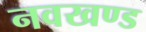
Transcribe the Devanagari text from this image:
नवखण्ड